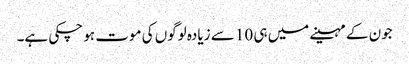
جون کے مہینے میں ہی 10 سے زیادہ لوگوں کی موت ہو چکی ہے۔